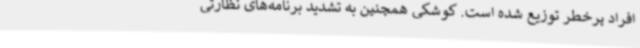
افراد پرخطر توزیع شده است. کوشکی همچنین به تشدید برنامه‌های نظارتی